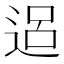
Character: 𨓐